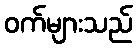
ဝက်များသည်